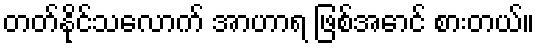
တတ်နိုင်သလောက် အာဟာရ ဖြစ်အောင် စားတယ်။